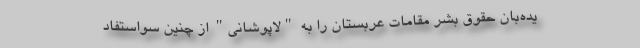
یده‌بان حقوق بشر مقامات عربستان را به "لاپوشانی" از چنین سواستفاد